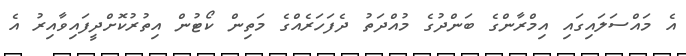
އެ މައްސަލައިގައި އިމްރާންގެ ބަންދުގެ މުއްދަތު ދެފަހަރެއްގެ މަތިން ކޯޓުން އިތުރުކޮށްދީފައިވާއިރު އެ